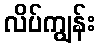
လိပ်ကျွန်း